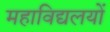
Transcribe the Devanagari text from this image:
महाविद्यलयों